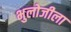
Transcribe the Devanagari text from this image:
भुलोजीला